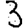
Digit: 3